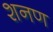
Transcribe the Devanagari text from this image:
शनण